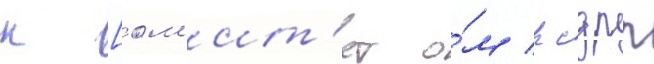
к [ом'ит'ет о́м рсдрп